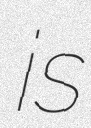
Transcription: is